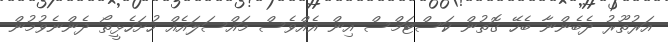
އަރުތޫރު ދެބެންނާ ބެހޭ ގޮތުން ކަސްޓަމްސް އިން އެއްވެސް މައްސަލައެއް ހުށަހެޅީތޯ ދެންނެވުމުން